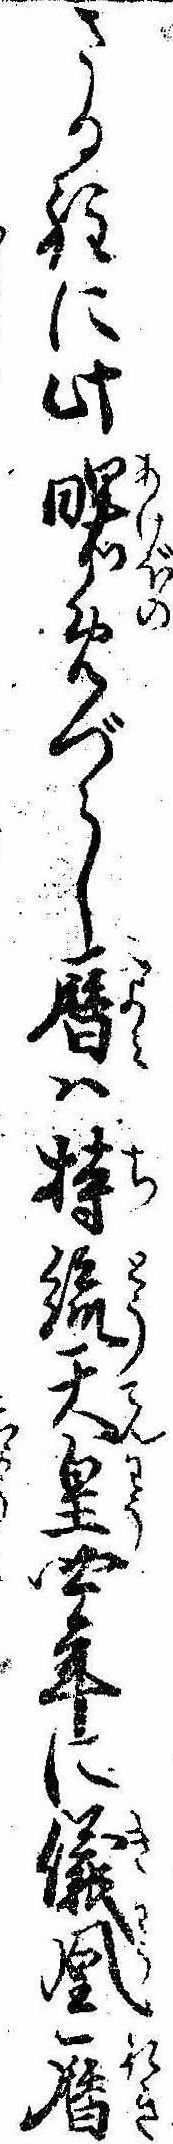
さる程に此曙めづらし暦は持統天皇四年に儀凰暦